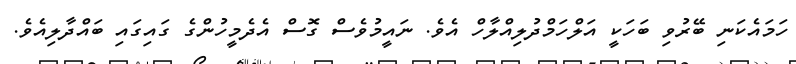
ހަމައެކަނި ބޭރުވި ބަަހަކީ އަލްހަމްދުލިއްލާހް އެވެ. ނައީމުވެސް ގޮސް އެދެމީހުންގެ ގައިގައި ބައްދާލިއެވެ.